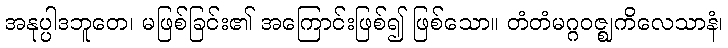
အနုပ္ပါဒဘူတေ၊ မဖြစ်ခြင်း၏ အကြောင်းဖြစ်၍ ဖြစ်သော။ တံတံမဂ္ဂဝဇ္ဈကိလေသာနံ၊